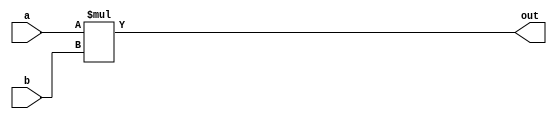
`timescale 1ns / 1ps
//////////////////////////////////////////////////////////////////////////////////
// Company: 
// Engineer: 
// 
// Design Name: 
// Module Name: mult8x8
// Project Name: 
// Target Devices: 
// Tool Versions: 
// Description: 
// 
// Dependencies: 
// 
// Revision:
// Revision 0.01 - File Created
// Additional Comments:
// 
//////////////////////////////////////////////////////////////////////////////////


module mult8x8(
    input signed [7:0] a,
    input signed [7:0] b,
    output signed [15:0]out
    );
    
    assign out = a*b;
    
endmodule